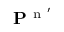
\mathbf { P } ^ { \mathrm { ~ n ~ } ^ { \prime } }